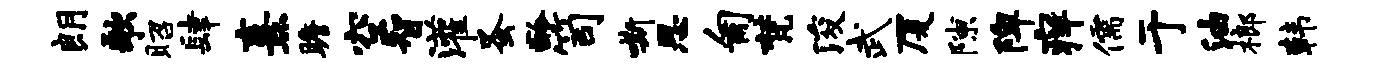
朗歌昭肆熹瞻空智灌蚤龄笥嘶思匍梵浚武厦隙陴痒儒于油榔韩